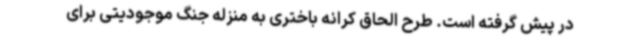
در پیش گرفته است. طرح الحاق کرانه باختری به منزله جنگ موجودیتی برای